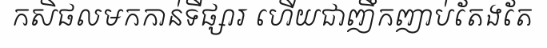
កសិផលមកកាន់ទីផ្សារ ហើយជាញឹកញាប់តែងតែ